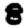
Digit: 8